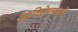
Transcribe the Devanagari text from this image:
त्याविरोधामध्ये